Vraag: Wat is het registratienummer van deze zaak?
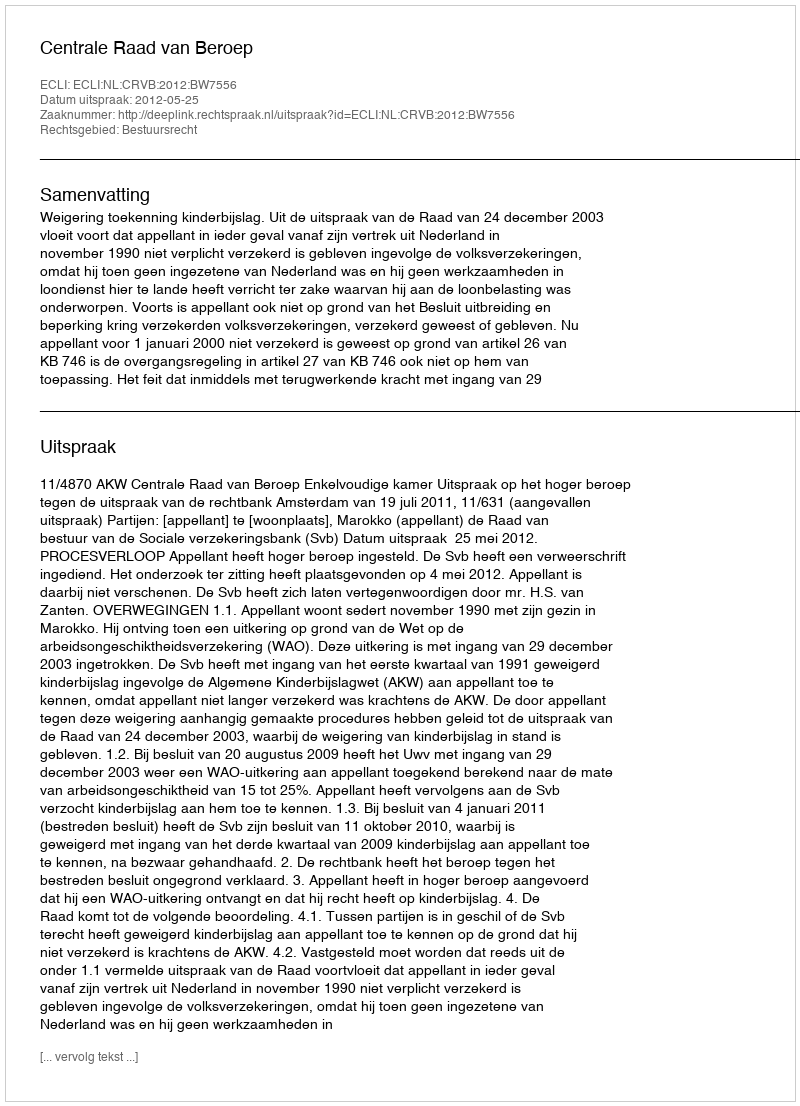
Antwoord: http://deeplink.rechtspraak.nl/uitspraak?id=ECLI:NL:CRVB:2012:BW7556